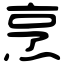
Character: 烹